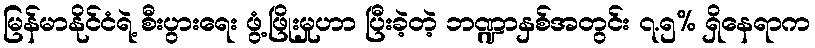
မြန်မာနိုင်ငံရဲ့ စီးပွားရေး ဖွံ့ဖြိုးမှုဟာ ပြီးခဲ့တဲ့ ဘဏ္ဍာနှစ်အတွင်း ၇.၅% ရှိနေရာက